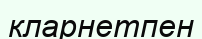
кларнетпен